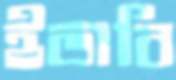
ইভাবি